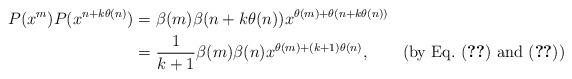
LaTeX: \begin{align*}P(x^m)P(x^{n+k\theta(n)})&=\beta(m)\beta(n+k\theta(n))x^{\theta(m)+\theta(n+k\theta(n))}\\&=\frac{1}{k+1}\beta(m)\beta(n)x^{\theta(m)+(k+1)\theta(n)}, &(\hbox{by Eq.~\eqref{thetam+kthetam} and \eqref{betam+kthetam}})\end{align*}